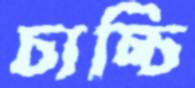
চাচ্চি